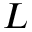
L